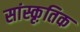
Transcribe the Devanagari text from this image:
सांस्कृ़तिक